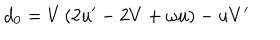
d _ { 0 } = V \left( 2 u ^ { \prime } - 2 V + \omega u \right) - u V ^ { \prime }